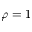
{ \varphi } = 1